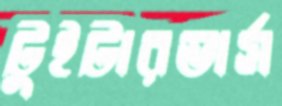
টুইটারভার্স